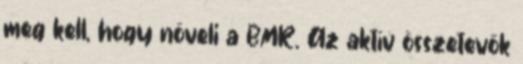
meg kell, hogy növeli a BMR. Az aktív összetevők